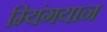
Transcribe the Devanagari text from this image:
म्यिंगयान